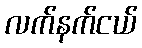
လက်နက်ငယ်